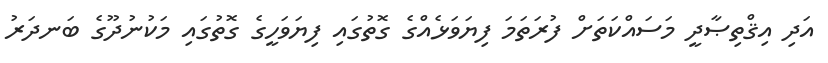
އަދި އިޤްތިޞާދީ މަސައްކަތަށް ފުރަތަމަ ފިޔަވަޅެއްގެ ގޮތުގައި ފިޔަވަހީގެ ގޮތުގައި މަކުނުދޫގެ ބަނދަރު